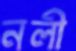
নলী